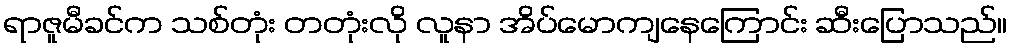
ရာဇူမီခင်က သစ်တုံး တတုံးလို လူနာ အိပ်မောကျနေကြောင်း ဆီးပြောသည်။